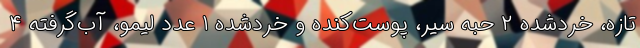
تازه، خردشده ۲ حبه سیر، پوست‌کنده و خردشده ۱ عدد لیمو، آب‌گرفته ۴